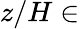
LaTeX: z/H\in